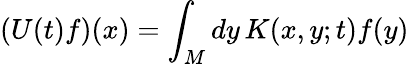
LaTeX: (U(t)f)(x)=\int_{M}dy\, K(x,y;t)f(y)